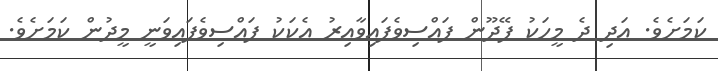
ކަމަށެވެ. އަދި ދެ މީހަކު ފޭދޫން ފައްސިވެފައިވާއިރު އެކަކު ފައްސިވެފައިވަނީ މީދުން ކަމަށެވެ.